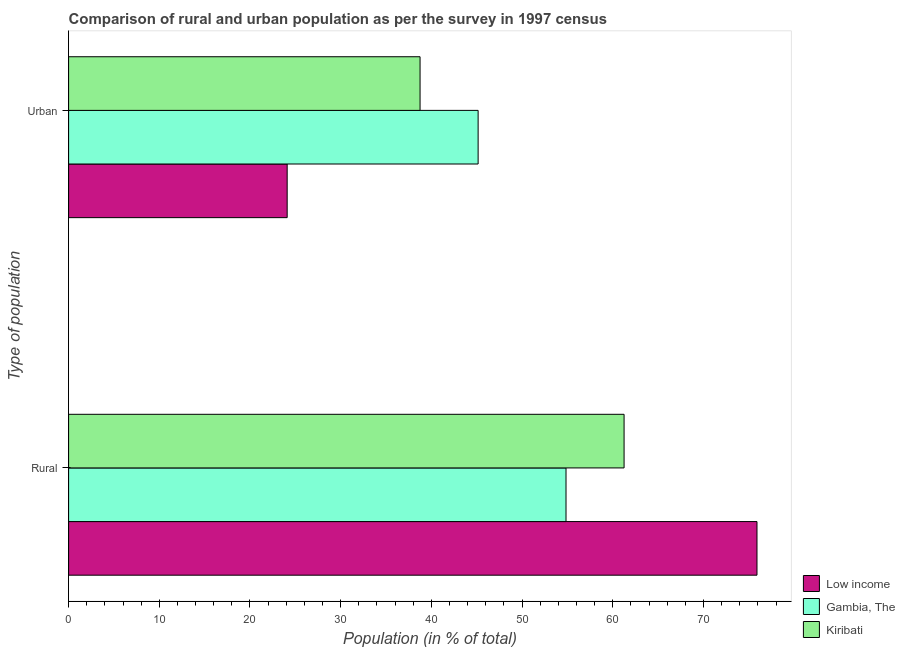
| Type of population | Low income | Gambia, The | Kiribati |
 | --- | --- | --- | --- |
 | Rural | 75.9 | 54.8 | 61.2 |
 | Urban | 24.1 | 45.2 | 38.8 |